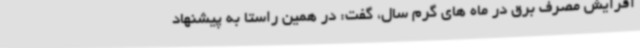
افزایش مصرف برق در ماه های گرم سال، گفت: در همین راستا به پیشنهاد